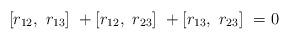
LaTeX: \begin{align*}[r_{ 12},~r_{ 13}]~+ [r_{ 12},~r_{ 23}]~+ [r_{ 13},~r_{ 23}]~= 0\end{align*}